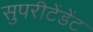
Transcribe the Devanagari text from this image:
सुपरीटेंडेंट